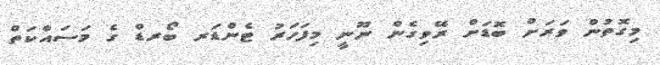
މިގޮތުން ވަރަށް ބޮޑަށް ރޭވިގެން ނޫނީ މިފަހަރު ޓެންޑަރ ބޯރޑް ގެ މަސައްކަތް